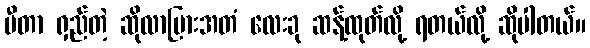
မီတာ ရှည်တဲ့ ဆိုလာပြားအတံ လေးခု ဆန့်ထုတ်လို့ ရတယ်လို့ ဆိုပါတယ်။